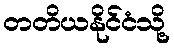
တတိယနိုင်ငံသို့